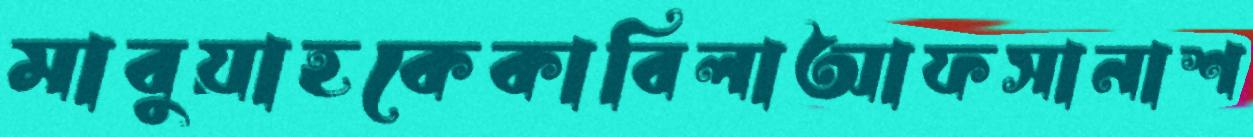
মাবুয়াহকেকাবিলাআফসানাশ